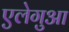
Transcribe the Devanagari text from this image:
एलेगुआ